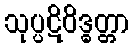
သုပ္ပဋိဝိဒ္ဓတ္တာ